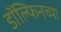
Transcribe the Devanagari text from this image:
डॉल्फिनच्या